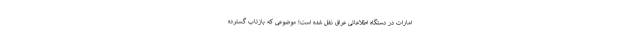
امارات در دستگاه اطلاعاتی عراق نقل شده است؛ موضوعی که بازتاب گسترده